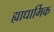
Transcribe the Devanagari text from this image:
ह्याधार्मिक